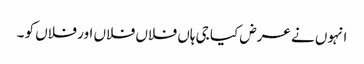
انہوں نے عرض کیا جی ہاں فلاں فلاں اور فلاں کو ۔